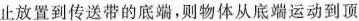
止放置到传送带的底端，则物体从底端运动到顶倍